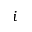
i